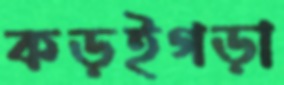
কড়ইগড়া